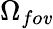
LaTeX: \Omega_{fo\mathit{v}}